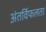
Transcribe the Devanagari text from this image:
अंतर्विफलता